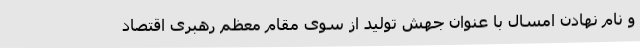
و نام نهادن امسال با عنوان جهش تولید از سوی مقام معظم رهبری اقتصاد